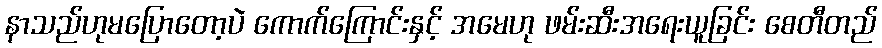
နာသည်ဟုမပြောတော့ပဲ ကောက်ကြောင်းနှင့် အမေဟု ဖမ်းဆီးအရေးယူခြင်း စေတီတည်